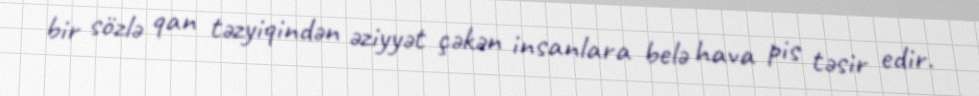
bir sözlə qan təzyiqindən əziyyət çəkən insanlara belə hava pis təsir edir.